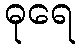
ဓုရေ